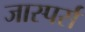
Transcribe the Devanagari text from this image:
जास्पर्स